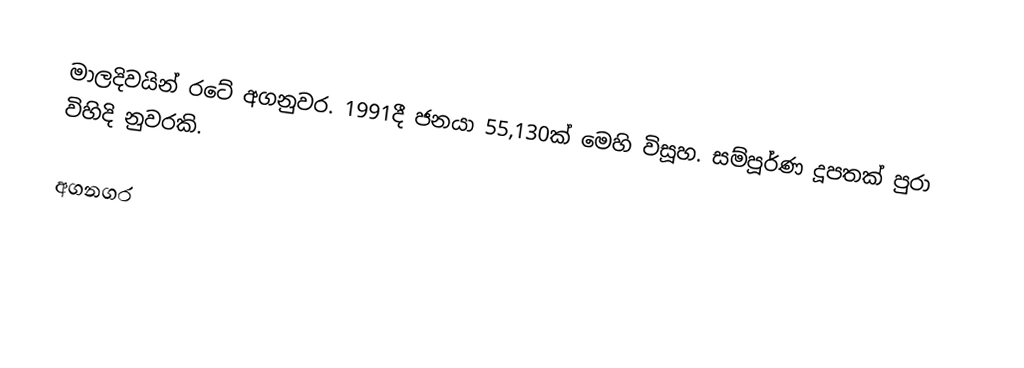
මාලදිවයින් රටේ අගනුවර. 1991දී ජනයා 55,130ක් මෙහි විසූහ. සම්පූර්ණ දූපතක් පුරා විහිදි නුවරකි.

අගනගර